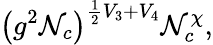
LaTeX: \left(g^{2}\mathcal{N}_{c}\right)^{\frac{1}{2}V_{3}+V_{4}}\mathcal{N}_{c}^{\chi},